Medical and sanitary report of the native army of Bengal for the year
Year: 1878
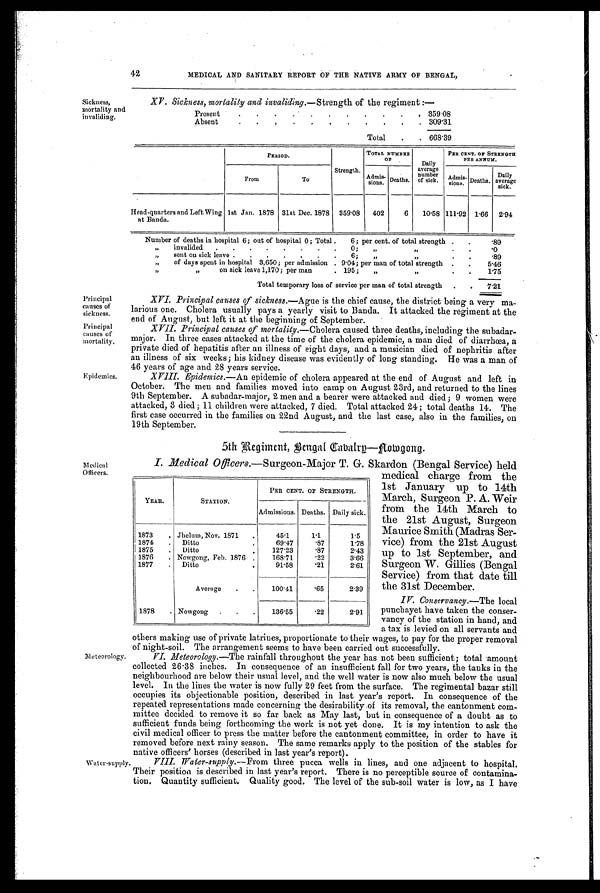
Sickness,
mortality and
invaliding.
42
MEDICAL AND SANITARY REPORT OF THE NATIVE ARMY OF BENGAL,
XV. Sickness, mortality and invaliding.—Strength of the regiment :—
Present
.
. . . . . . . .
. . 359.08
Absent
. . . . . . . . .
. . 309.31
Total . . 668.39
PERIOD.
Strength.
TOTAL NUMBER
O F
Daily
average
number of sick.
PER CENT. OF STRENGTH
PER ANNUM.
From
To
Admis-
s i o n s .
Deaths.
Admis-
sions. Deaths.
Daily
average sick.
Head-quarters and Left Wing
at Banda.
1st Jan. 1878 31st Dec. 1878 359.08 402
6 10.58 111.92 1.66 2.94
Number of deaths in hospital 6; out of hospital 0; Total . 6; per cent. of total strength . . .89
„ invalided
. . . . . . . . . 0; „
„
.
. . 0
„ sent on sick leave . . . . . . . 6; „
„
.
. . 8 9
„ of days spent in hospital 3,650; per admission . 9.04; per man of total strength . . 5.46
„
„ on sick leave 1,170; per man
. 195; „
„
. . 1 . 7 5
Total temporary loss of service per man of total strength . . 7 . 2 1
Principal
causes of
sickness.
Principal
causes of
mortality.
Epidemics.
Medical
Officers.
Meteorology.
Water-supply
XVI. Principal causes of sickness. —Ague is the chief cause, the district being a very ma
-
larious one. Cholera usually pays a yearly visit to Banda. It attacked the regiment at the
end of August, but left it at the beginning of September.
XVII. Principal causes of mortality.—Cholera caused three deaths, including the subadar
-
major. In three cases attacked at the time of the cholera epidemic, a man died of diarrhœa, a
private died of hepatitis after an illness of eight days, and a musician died of nephritis after
an illness of six weeks; his kidney disease was evidently of long standing. He was a man of
46 years of age and 28 years service.
XVIII. Epidemics.—An epidemic of cholera appeared at the end of August and left in
October. The men and families moved into camp on August 23rd, and returned to the lines
9th September. A subadar-major, 2 men and a bearer were attacked and died; 9 women were
attacked, 3 died; 11 children were attacked, 7 died. Total attacked 24; total deaths 14. The
first case occurred in the families on 22nd August, and the last case, also in the families, on
19th September.
5th Regiment, Bengal Cavarly—Nowgong.
I. Medical Officers. —Surgeon-Major T. G. Skardon (Bengal Service) held
medical charge from the
1st January up to 14th
March, Surgeon P. A. Weir
from the 14th March to
the 21st August, Surgeon
Maurice Smith (Madras Ser
-
vice) from the 21st August
up to 1st September, and
Surgeon W. Gillies (Bengal
Service) from that date till
the 31st December.
IV. Conservancy.—The local
punchayet have taken the conser-
vancy of the station in hand, and
a tax is levied on all servants and
others making use of private latrines, proportionate to their wages, to pay for the proper removal
of night-soil. The arrangement seems to have been carried out successfully.
VI. Meteorology.—The rainfall throughout the year has not been sufficient; total amount
collected 26.38 inches. In consequence of an insufficient fall for two years, the tanks in the
neighbourhood are below their usual level, and the well water is now also much below the usual
level. In the lines the water is now fully 29 feet from the surface. The regimental bazar still
occupies its objectionable position, described in last year's report. In consequence of the
repeated representations made concerning the desirability of its removal, the cantonment com
-
mittee decided to remove it so far back as May last, but in consequence of a doubt as to
sufficient funds being forthcoming the work is not yet done. It is my intention to ask the
civil medical officer to press the matter before the cantonment committee, in order to have it
removed before next rainy season. The same remarks apply to the position of the stables for
native officers' horses (described in last year's report).
VIII. Water-supply. —From three pucca wells in lines, and one adjacent to hospital.
Their position is described in last year's report. There is no perceptible source of contamina
-
tion. Quantity sufficient. Quality good. The level of the sub-soil water is low, as I have
YEAR.
STATION.
PER CENT. OF STRENGTH.
Admissions. Deaths. Daily sick.
1873
. Jhelum, Nov. 1871 .
45.1
1.1
1.5
1874 . Ditto
69.47
.87
1.78
1875 . Ditto
. 127.23
.87
2.43
1876 . Nowgong, Feb. 1876 . 168.71
.22
3.66
1877 . Ditto
91.58
.21
2.61
Average . .
100.41
.65
2.39
1878 . Nowgong . . .
136.55
.22
2.91